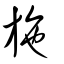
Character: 施